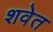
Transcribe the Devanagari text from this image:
शवेत